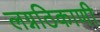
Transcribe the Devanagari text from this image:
लग्नठिकाणी